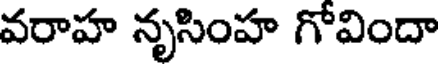
వరాహ నృసింహ గోవిందా